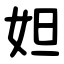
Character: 妲